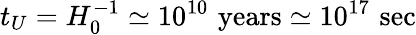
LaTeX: t_{U}=H_{0}^{-1}\simeq 10^{10}\, \, \mathrm{years}\simeq 10^{17}\, \, \mathrm{sec}